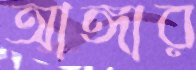
আঙ্গার